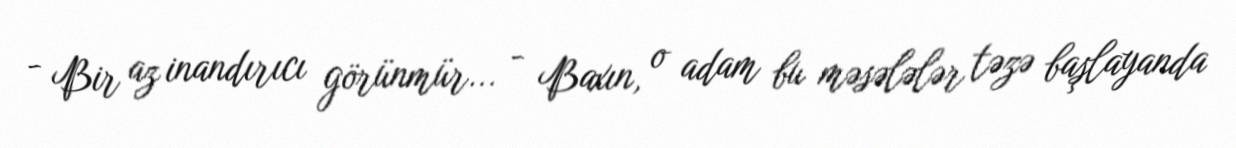
- Bir az inandırıcı görünmür... - Baxın, o adam bu məsələlər təzə başlayanda